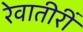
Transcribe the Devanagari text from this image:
रेवातीरीं